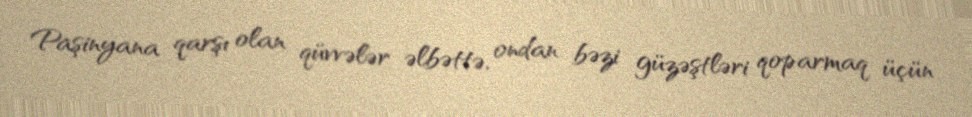
Paşinyana qarşı olan qüvvələr əlbəttə, ondan bəzi güzəştləri qoparmaq üçün